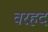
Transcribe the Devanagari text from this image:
वरहद